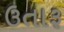
ઉતારૂ